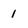
Character: 1